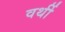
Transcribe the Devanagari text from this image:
वर्थी